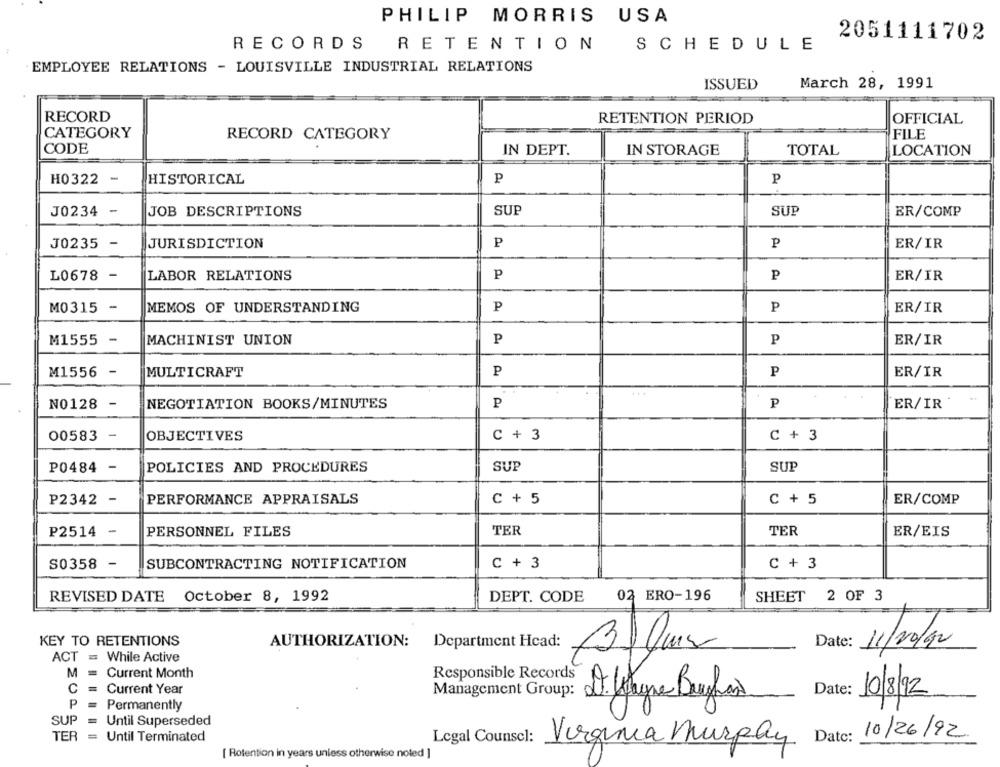
PHILIP MORRIS USA
2051111702
RECORDS RETENTION
SCHEDULE
EMPLOYEE RELATIONS - LOUISVILLE INDUSTRIAL RELATIONS
March 28, 1991
ISSUED
RECORD
RETENTION PERIOD
OFFICIAL
CATEGORY
RECORD CATEGORY
FILE
CODE
IN DEPT.
IN STORAGE
TOTAL
LOCATION
H0322 -
HISTORICAL
P
P
J0234 -
JOB DESCRIPTIONS
SUP
SUP
ER/COMP
J0235 -
JURISDICTION
P
P
ER/IR
L0678 -
LABOR RELATIONS
P
P
ER/IR
MEMOS OF UNDERSTANDING
P
M0315 -
P
ER/IR
M1555 -
MACHINIST UNION
P
P
ER/IR
M1556
-
MULTICRAFT
P
P
ER/IR
...
NO128 -
NEGOTIATION BOOKS/MINUTES
P
P
ER/IR
00583 -
OBJECTIVES
C + 3
C + 3
P0484 -
POLICIES AND PROCEDURES
SUP
SUP
P2342 -
PERFORMANCE APPRAISALS
C + 5
C + 5
ER/COMP
P2514 -
PERSONNEL FILES
TER
TER
ER/EIS
S0358 -
SUBCONTRACTING NOTIFICATION
C + 3
C + 3
REVISED DATE October 8, 1992
DEPT. CODE
02 ERO-196
SHEET 2 OF 3
KEY TO RETENTIONS
AUTHORIZATION:
Department Head:
Date: 11/20/92
ACT = While Active
M
Current Month
Responsible Records
C
=
Current Year
Management Group:
Date:
10/8/92
P
Permanently
SUP
Until Superseded
TER
=
10/26/92
Until Terminated
Legal Counsel:
Virginia murphy Date:
[ Rotention in years unless otherwise noted ]